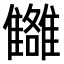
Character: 𩁗